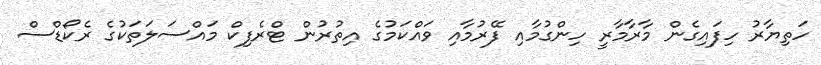
ހަތިޔާރު ހިފައިގެން މާރާމާރީ ހިންގުމާއި ފޭރުމާއި ވައްކަމުގެ އިތުރުން ޓްރެފިކް މައްސަލަތަކުގެ ރެކޯޑްސް